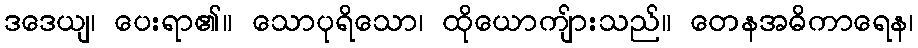
ဒဒေယျ၊ ပေးရာ၏။ သောပုရိသော၊ ထိုယောကျ်ားသည်။ တေနအဓိကာရေန၊